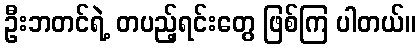
ဦးဘတင်ရဲ့ တပည့်ရင်းတွေ ဖြစ်ကြ ပါတယ်။